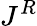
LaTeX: J^{R}